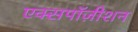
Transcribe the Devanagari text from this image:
एक्सपॉज़ीशन